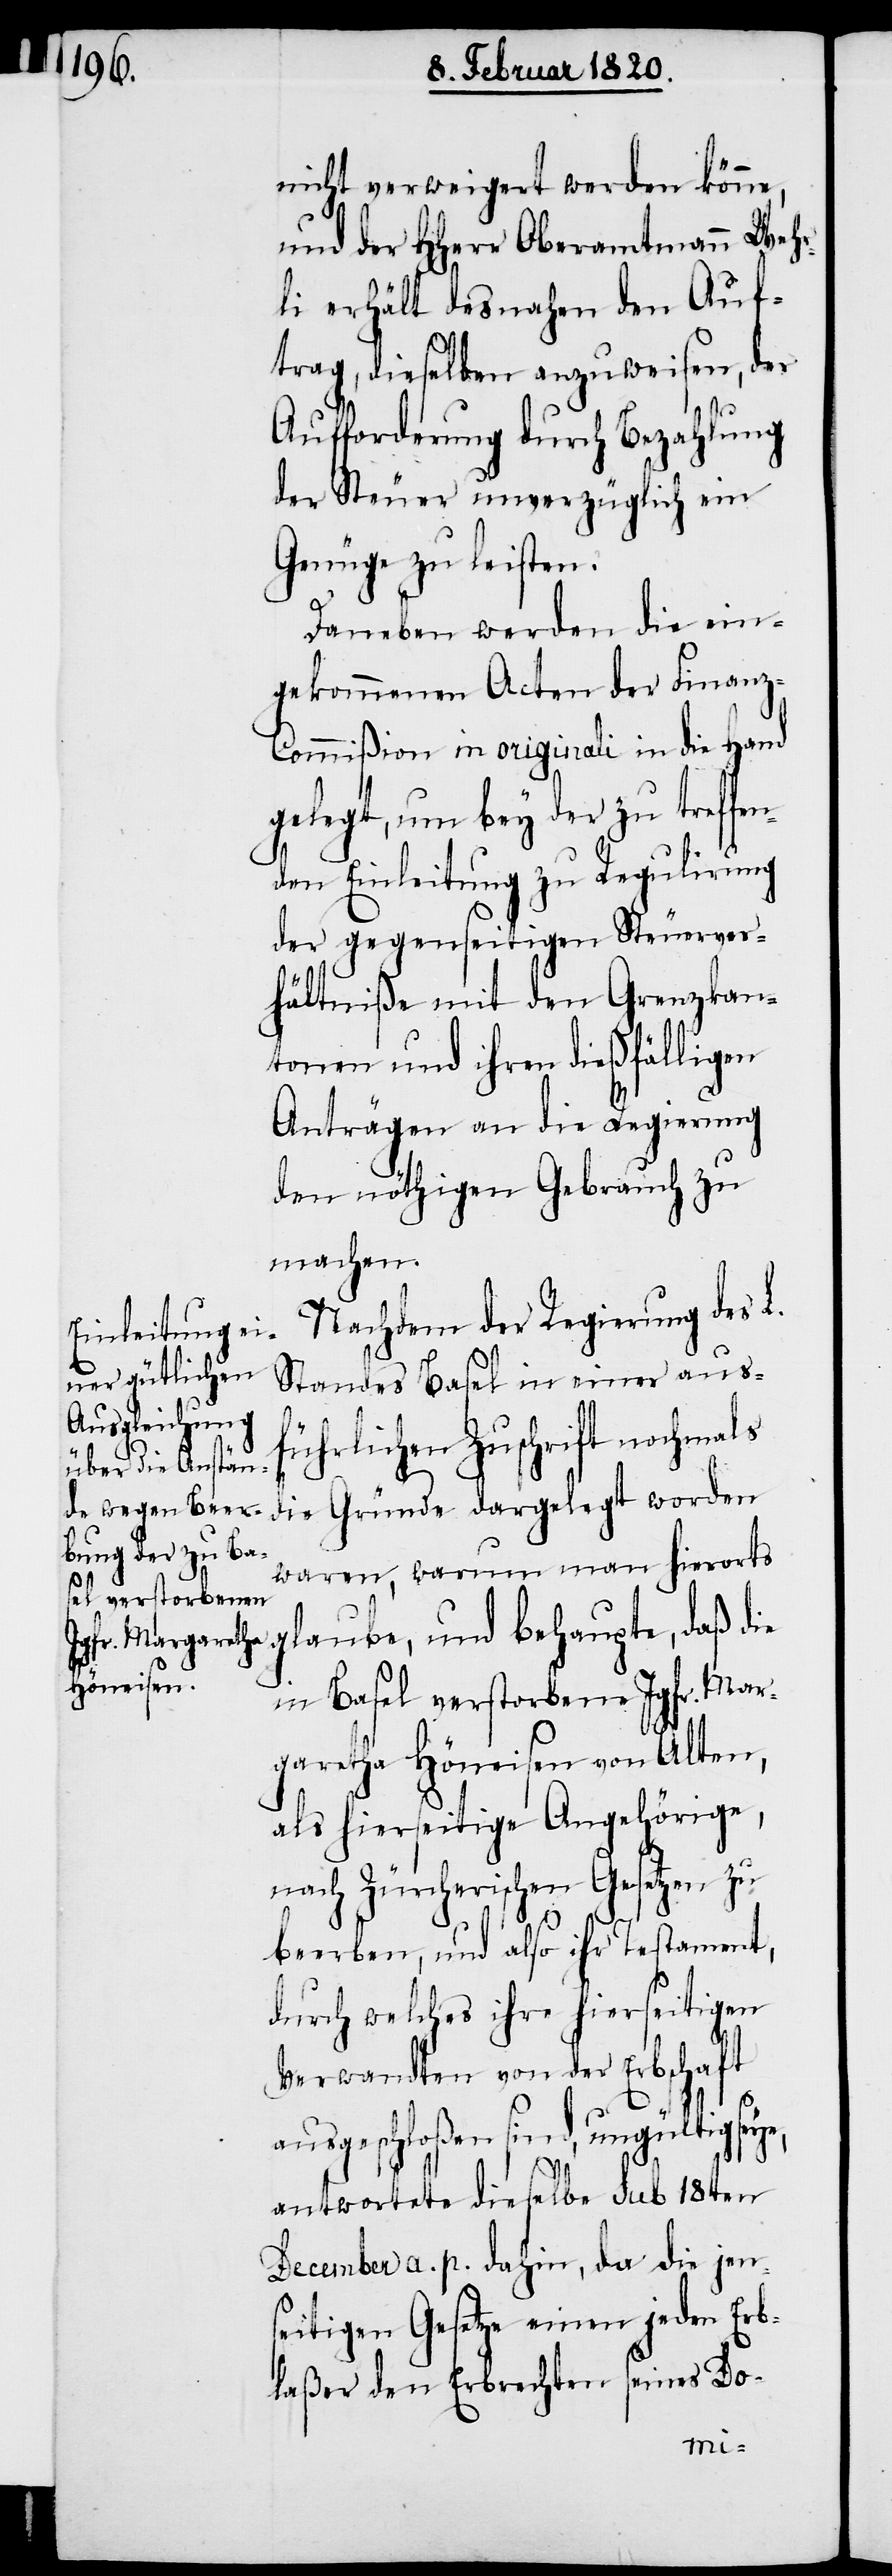
nicht verweigert werden könne,
und der HHerr Oberamtmann Wehr¬
li erhält desnahen den Auf¬
trag, dieselben anzuweisen, der
Aufforderung durch Bezahlung
der Steuer unverzüglich ein
Genüge zu leisten.
Daneben werden die ein¬
gekommenen Acten der Finanz-C¬
ommißion in originali in die Hand
gelegt, um bey der zu treffen¬
den Einleitung zu Regulirung
der gegenseitigen Steuerver¬
hältniße mit den Grenzkan¬
tonen und ihren dießfälligen
Anträgen an die Regierung
den nöthigen Gebrauch zu
machen.
Nachdem der Regierung des L.
Standes Basel in einer ausf¬
ührlichen Zuschrift nochmals
die Gründe dargelegt worden
waren, warum man hierorts
glaube, und behaupte, daß die
in Basel verstorbene Jgfr. Mar¬
garetha Höneisen von Alten,
als hierseitige Angehörige,
nach Zürcherischen Gesetzen zu
beerben, und also ihr Testament,
durch welches ihre hierseitigen
Verwandten von der Erbschaft
ausgeschloßen sind, ungültig seye,
antwortete dieselbe sub 18ten
December a. p. dahin, da die jens¬
eitigen Gesetze einen jeden Erb¬
laßer den Erbrechten seines Do-